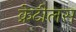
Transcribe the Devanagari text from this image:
क्रेटीलस